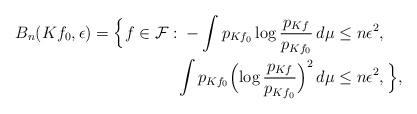
LaTeX: \begin{align*} B_n(Kf_0, \epsilon) = \Bigl\{f\in \mathcal{F}:{} -\int p_{Kf_0}\log\frac{p_{Kf}}{p_{Kf_0}}\, d\mu &\leq n\epsilon^2,\\ \int p_{Kf_0}\Bigl(\log\frac{p_{Kf}}{p_{Kf_0}}\Bigr)^2\, d\mu &\leq n\epsilon^2, \Bigr\},\end{align*}